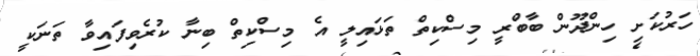
ހަރުކަށި ހިންދޫން ބާބްރީ މިސްކިތް ތަޅައިލީ އެ މިސްކިތް ބިނާ ކުރެވިފައިވާ ތަނަކީ